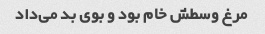
مرغ وسطش خام بود و بوی بد می‌داد